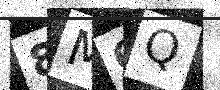
Text: 8M6Q